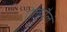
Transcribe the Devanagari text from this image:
ऐलपैल